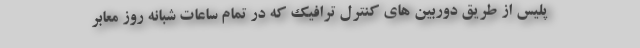
پلیس از طریق دوربین های کنترل ترافیک که در تمام ساعات شبانه روز معابر